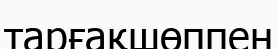
тарғақшөппен